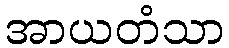
အာယတံသာ